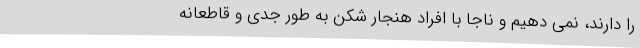
را دارند، نمی دهیم و ناجا با افراد هنجار شکن به طور جدی و قاطعانه